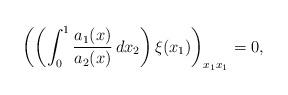
LaTeX: \begin{align*}\left( \left (\int_0^1 \frac{a_1(x)}{a_2(x)}\,dx_2\right) \xi(x_1) \right)_{x_1 x_1} =0,\end{align*}